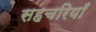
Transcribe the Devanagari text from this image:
सहचरियाँ